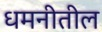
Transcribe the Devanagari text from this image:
धमनीतील